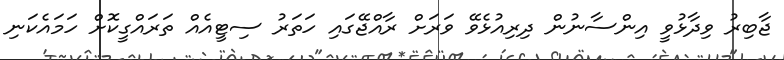
ޖާބިރު ވިދާޅުވީ އިންސާނުން ދިރިއުޅެވޭ ވަރަށް ރާއްޖޭގައި ހަތަރު ސިޓީއެއް ތަރައްގީކޮށް ހަމައެކަނި